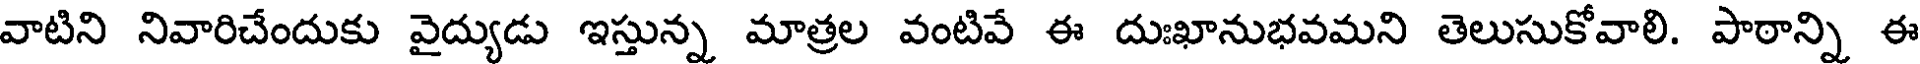
వాటిని నివారిచేందుకు వైద్యుడు ఇస్తున్న మాత్రల వంటివే ఈ దుఃఖానుభవమని తెలుసుకోవాలి. పాఠాన్ని ఈ